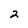
Character: 2